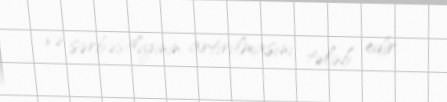
və sərbəstliyinin artırılmasını tələb edir.